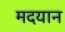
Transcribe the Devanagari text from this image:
मदयान